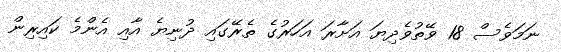
ނަމަވެސް 18 ވޭތުވެދިޔަ އަށާރަ އަހަރުގެ ތެރޭގައި ދުނިޔެ އާއި އެންމެ ކައިރިން